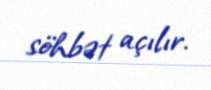
söhbət açılır.